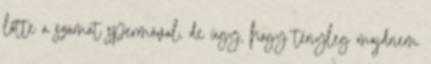
lőtte a számat spermával, de úgy, hogy tényleg majdnem